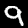
Digit: 9